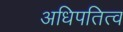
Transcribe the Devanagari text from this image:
अधिपतित्व